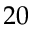
2 0